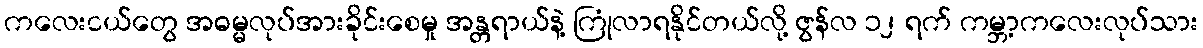
ကလေးငယ်တွေ အဓမ္မလုပ်အားခိုင်းစေမှု အန္တရာယ်နဲ့ ကြုံလာရနိုင်တယ်လို့ ဇွန်လ ၁၂ ရက် ကမ္ဘာ့ကလေးလုပ်သား